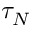
\tau _ { N }